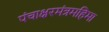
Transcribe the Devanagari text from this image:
पंचाक्षरमंत्रमहिमा